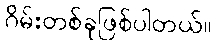
ဂိမ်းတစ်ခုဖြစ်ပါတယ်။